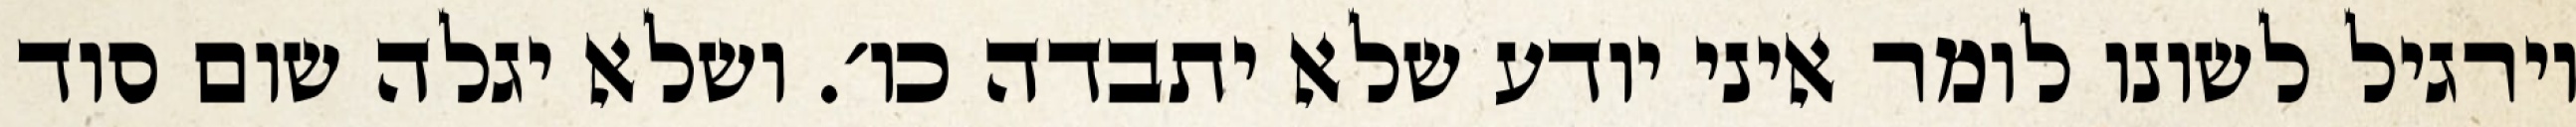
וירגיל לשונו לומר איני יודע שלא יתבדה כו׳. ושלא יגלה שום סוד